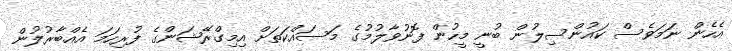
އެހެން ނަމަވެސް ކައުންސިލުން ބުނީ މީހުން ފޮނުވާލުމުގެ މަސައްކަތަށް އިމިގްރޭޝަންގެ ފުރިހަމަ އެއްބާރުލުން